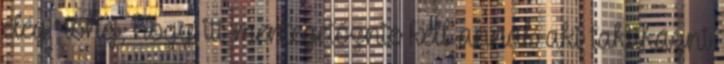
elég röhej, hogy itt mentegetőznie kell annak aki taktikázni